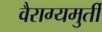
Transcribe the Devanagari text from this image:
वैराग्यमुर्ती